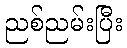
ညစ်ညမ်းပြီး